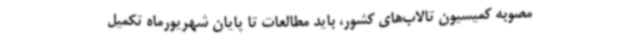
مصوبه کمیسیون تالاب‌های کشور، باید مطالعات تا پایان شهریورماه تکمیل